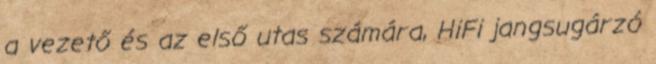
a vezető és az első utas számára, HiFi jangsugárzó